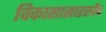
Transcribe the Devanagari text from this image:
विकासासारखेंच